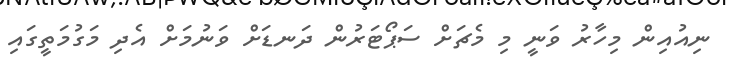
ނިއުއިން މިހާރު ވަނީ މި މެޗަށް ސަޕޯޓަރުން ދަނޑަށް ވަނުމަށް އެދި މަގުމަތީގައި